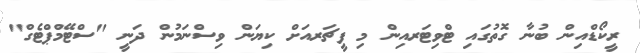
ރީކޯޑްއިން ބުނާ ގޮތުގައި ޓްވިޓަރއިން މި ފީޗަރއަށް ކިޔަން ވިސްނަމުން ދަނީ "ސްޓޭމްޕްޓެގް"